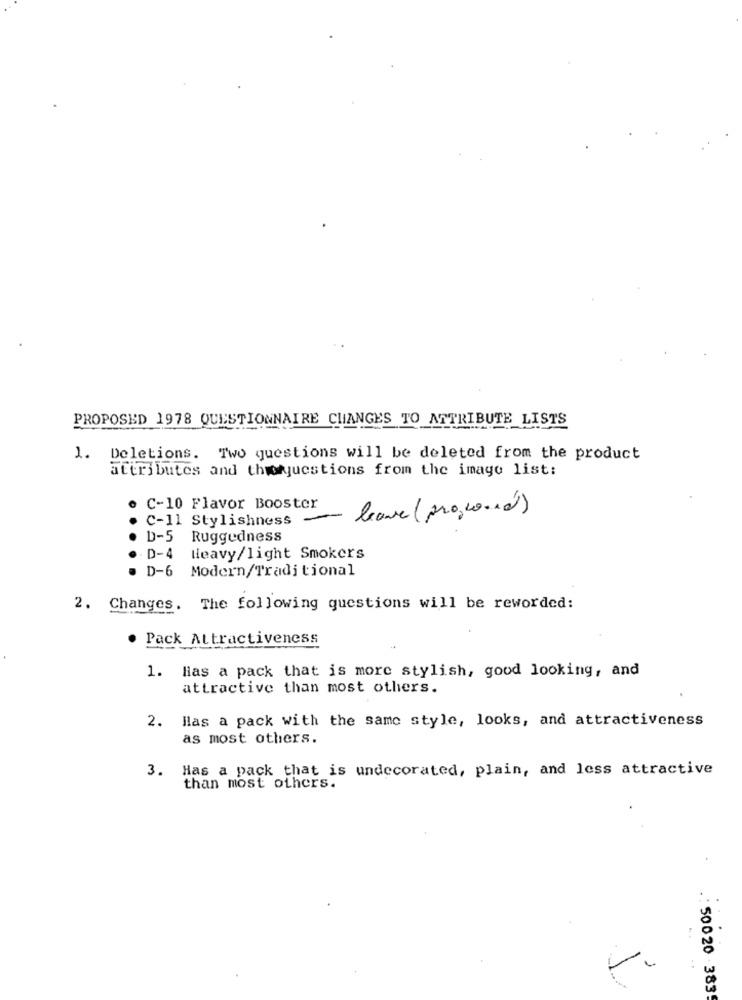
PROPOSED 1978 QUESTIONNAIRE CHANGES TO ATTRIBUTE LISTS
Deletions. Two questions will be deleted from the product
attributes and thirquestions from the image list:
C-10 Flavor Booster
C-11 Stylishness
leave (proscorie)
. D-5 Ruggedness
. D-4 Heavy/light Smokers
. D-6 Modern/Traditional
2. Changes. The following questions will be reworded:
. Pack Attractiveness
1. Has a pack that is more stylish, good looking, and
attractive than most others.
2. Hlas a pack with the same style, looks, and attractiveness
as most others.
3.
Has a pack that is undecorated, plain, and less attractive
than most others.
. .: 50020 383